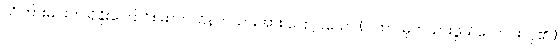
သိကြားမင်းက ရှိခိုးကြောင်း မာတလိနတ်သားအား ပြောပြသော (ဂါထာ၊ မှတ်သားဖွယ်ကောင်းလှ၏။)